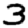
Digit: 3